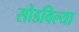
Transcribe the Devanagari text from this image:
सोडविल्या